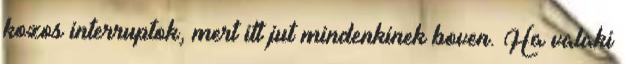
kozos interruptok, mert itt jut mindenkinek boven. Ha valaki